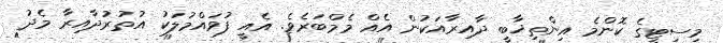
މިސިޓީގެ ކޮންމެ އިންތިޚާބީ ދާއިރާއަކުން އެއް މެމްބަރެވެ. އެއީ ފުވައްމުލަކު އުތުރުދާއިރާ މެދު